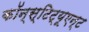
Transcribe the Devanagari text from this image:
कॉन्स्टिट्यूएन्ट